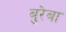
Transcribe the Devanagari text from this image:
बुरेबा